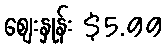
စျေးနှုန်း $5.99